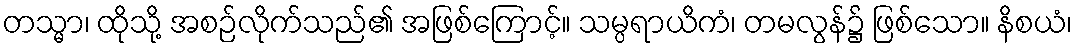
တသ္မာ၊ ထိုသို့ အစဉ်လိုက်သည်၏ အဖြစ်ကြောင့်။ သမ္ပရာယိကံ၊ တမလွန်၌ ဖြစ်သော။ နိစယံ၊